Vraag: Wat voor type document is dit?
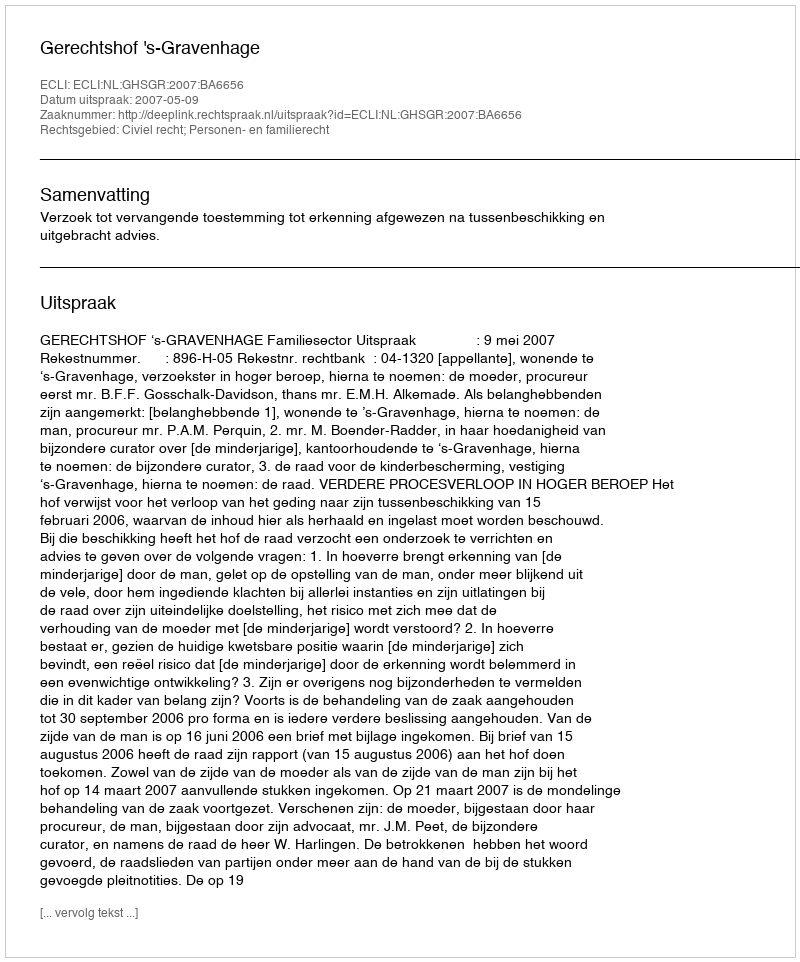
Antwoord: Uitspraak